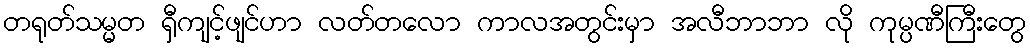
တရုတ်သမ္မတ ရှီကျင့်ဖျင်ဟာ လတ်တလော ကာလအတွင်းမှာ အလီဘာဘာ လို ကုမ္ပဏီကြီးတွေ